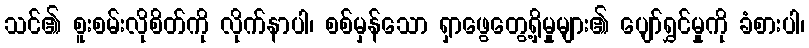
သင်၏ စူးစမ်းလိုစိတ်ကို လိုက်နာပါ၊ စစ်မှန်သော ရှာဖွေတွေ့ရှိမှုများ၏ ပျော်ရွှင်မှုကို ခံစားပါ၊